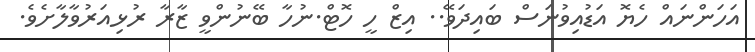
އަހަންނައް ހެޔޮ އަޑުއިވުނަސް ބައިދަވޭ.. އިޒް ހީ ހޮޓް.ނުހާ ބޭނުންވީ ޒާރާ ރުޅިއަރުވާލާށެވެ.